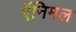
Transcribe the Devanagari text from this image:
ऍनिमल